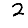
Digit: 2